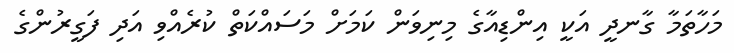
މަހާތަމާ ގާނދީ އަކީ އިންޑިއާގެ މިނިވަން ކަމަށް މަސައްކަތް ކުރެއްވި އަދި ފަގީރުންގެ